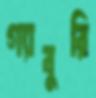
গ্যাবুরি